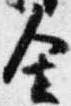
舎